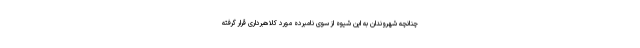
چنانچه شهروندان به این شیوه از سوی نامبرده مورد کلاهبرداری قرار گرفته